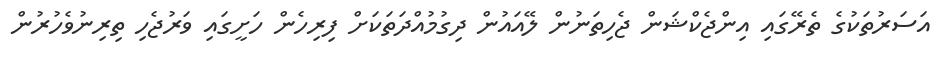
އަސަރުތަކުގެ ތެރޭގައި އިންޖެކްޝަން ޖެހިތަނުން ލޭއައުން ދިގުމުއްދަތަކަށް ފިރިހެން ހަށީގައި ވަރުޖެހި ތިރިނުވެހުރުން